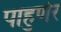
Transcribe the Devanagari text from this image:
पाहुणेर